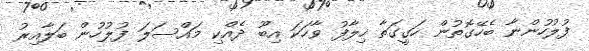
ފުލުހުންނާ ބެހޭގޮތުން ހަގީގަތާ ހިލާފު ވާހަކަ އިބޫ ދެއްކި މައްސަލަ ފުލުހުން ބަލާއިރު